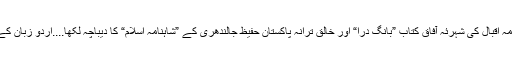
آپ ہی وہ واحد ہستی ہیں، جنہوں نے علامہ اقبالؒ کی شہرئہ آفاق کتاب ”بانگ درا“ اور خالقِ ترانہ پاکستان حفیظ جالندھری کے ”شاہنامہ اسلام“ کا دیباچہ لکھا....اردو زبان کے لئے آپ کی خدمات ناقابل فراموش ہیں۔